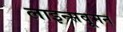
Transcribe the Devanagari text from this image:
लाइन्सवूमन